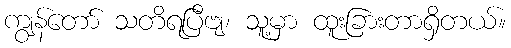
ကျွန်တော် သတိရပြီဗျ၊ သူ့မှာ ထူးခြားတာရှိတယ်။